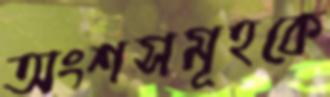
অংশসমূহকে